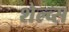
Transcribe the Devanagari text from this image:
शेल्व्स